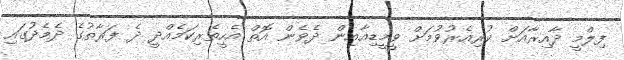
ފިލްމީ ދާއިރާއަށް ކުރިއެރުވުމަށް ވީމީޑިއާއިން ދެވެން އޮތް އެހީތެރިކަމެއްދީ ދެ ފަރާތުގެ ދެމެދުގައި